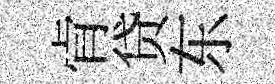
肻贷东